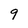
Character: 9